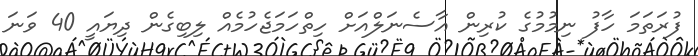
ފުރަތަމަ ހާފު ނިމުމުގެ ކުރިން އާސެނަލްއަށް ހިތްހަމަޖެހުމެއް ލިބިގެން ދިޔައީ 40 ވަނަ